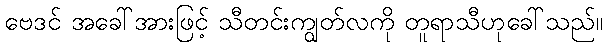
ဗေဒင် အခေါ်အားဖြင့် သီတင်းကျွတ်လကို တူရာသီဟုခေါ်သည်။